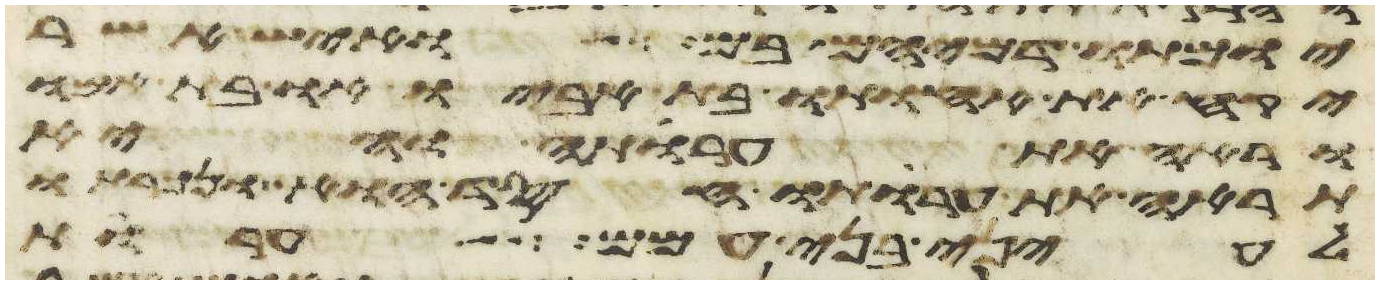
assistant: יומתו דמיהם בם ואיש אשר
יקח את אחותו בת אביו או בת אמו
וראה את ערותה והיא
תראה את ערותו חסד הוא ונכרתו
לעיני בני עמם ערות